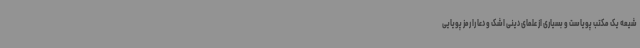
شیعه یک مکتب پویاست و بسیاری از علمای دینی اشک و دعا را رمز پویایی